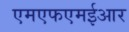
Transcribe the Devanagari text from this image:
एमएफएमईआर